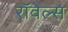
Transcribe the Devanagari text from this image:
रॉवेल्स